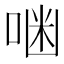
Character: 𠶑